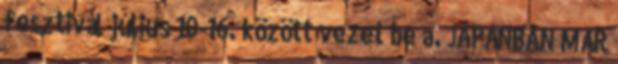
fesztivál július 10-16. között vezet be a. JAPÁNBAN MÁR